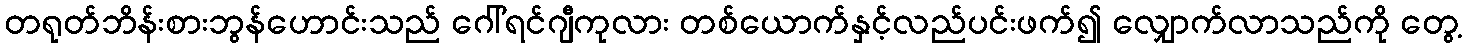
တရုတ်ဘိန်းစားဘွန်ဟောင်းသည် ဂေါ်ရင်ဂျီကုလား တစ်ယောက်နှင့်လည်ပင်းဖက်၍ လျှောက်လာသည်ကို တွေ့